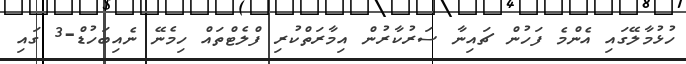
ހުޅުމާލޭގައި އެންމެ ފަހުން ޗައިނާ ސަރުކާރުން އިމާރަތްކުރި ފްލެޓްތައް ހިމެނޭ ނެއިބަހުޑް-3 ގައި